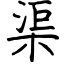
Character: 渠